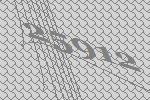
25912